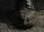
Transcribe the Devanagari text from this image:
चूड़ीं